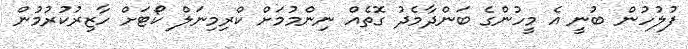
ފުލުހުން ބުނީ އެ މީހުންގެ ބަންދާމެދު ގޮތެއް ނިންމުމަށް ކްރިމިނަލް ކޯޓަށް ހާޒިރުކުރުމުން